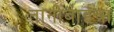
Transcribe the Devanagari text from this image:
तानीबाईंचा